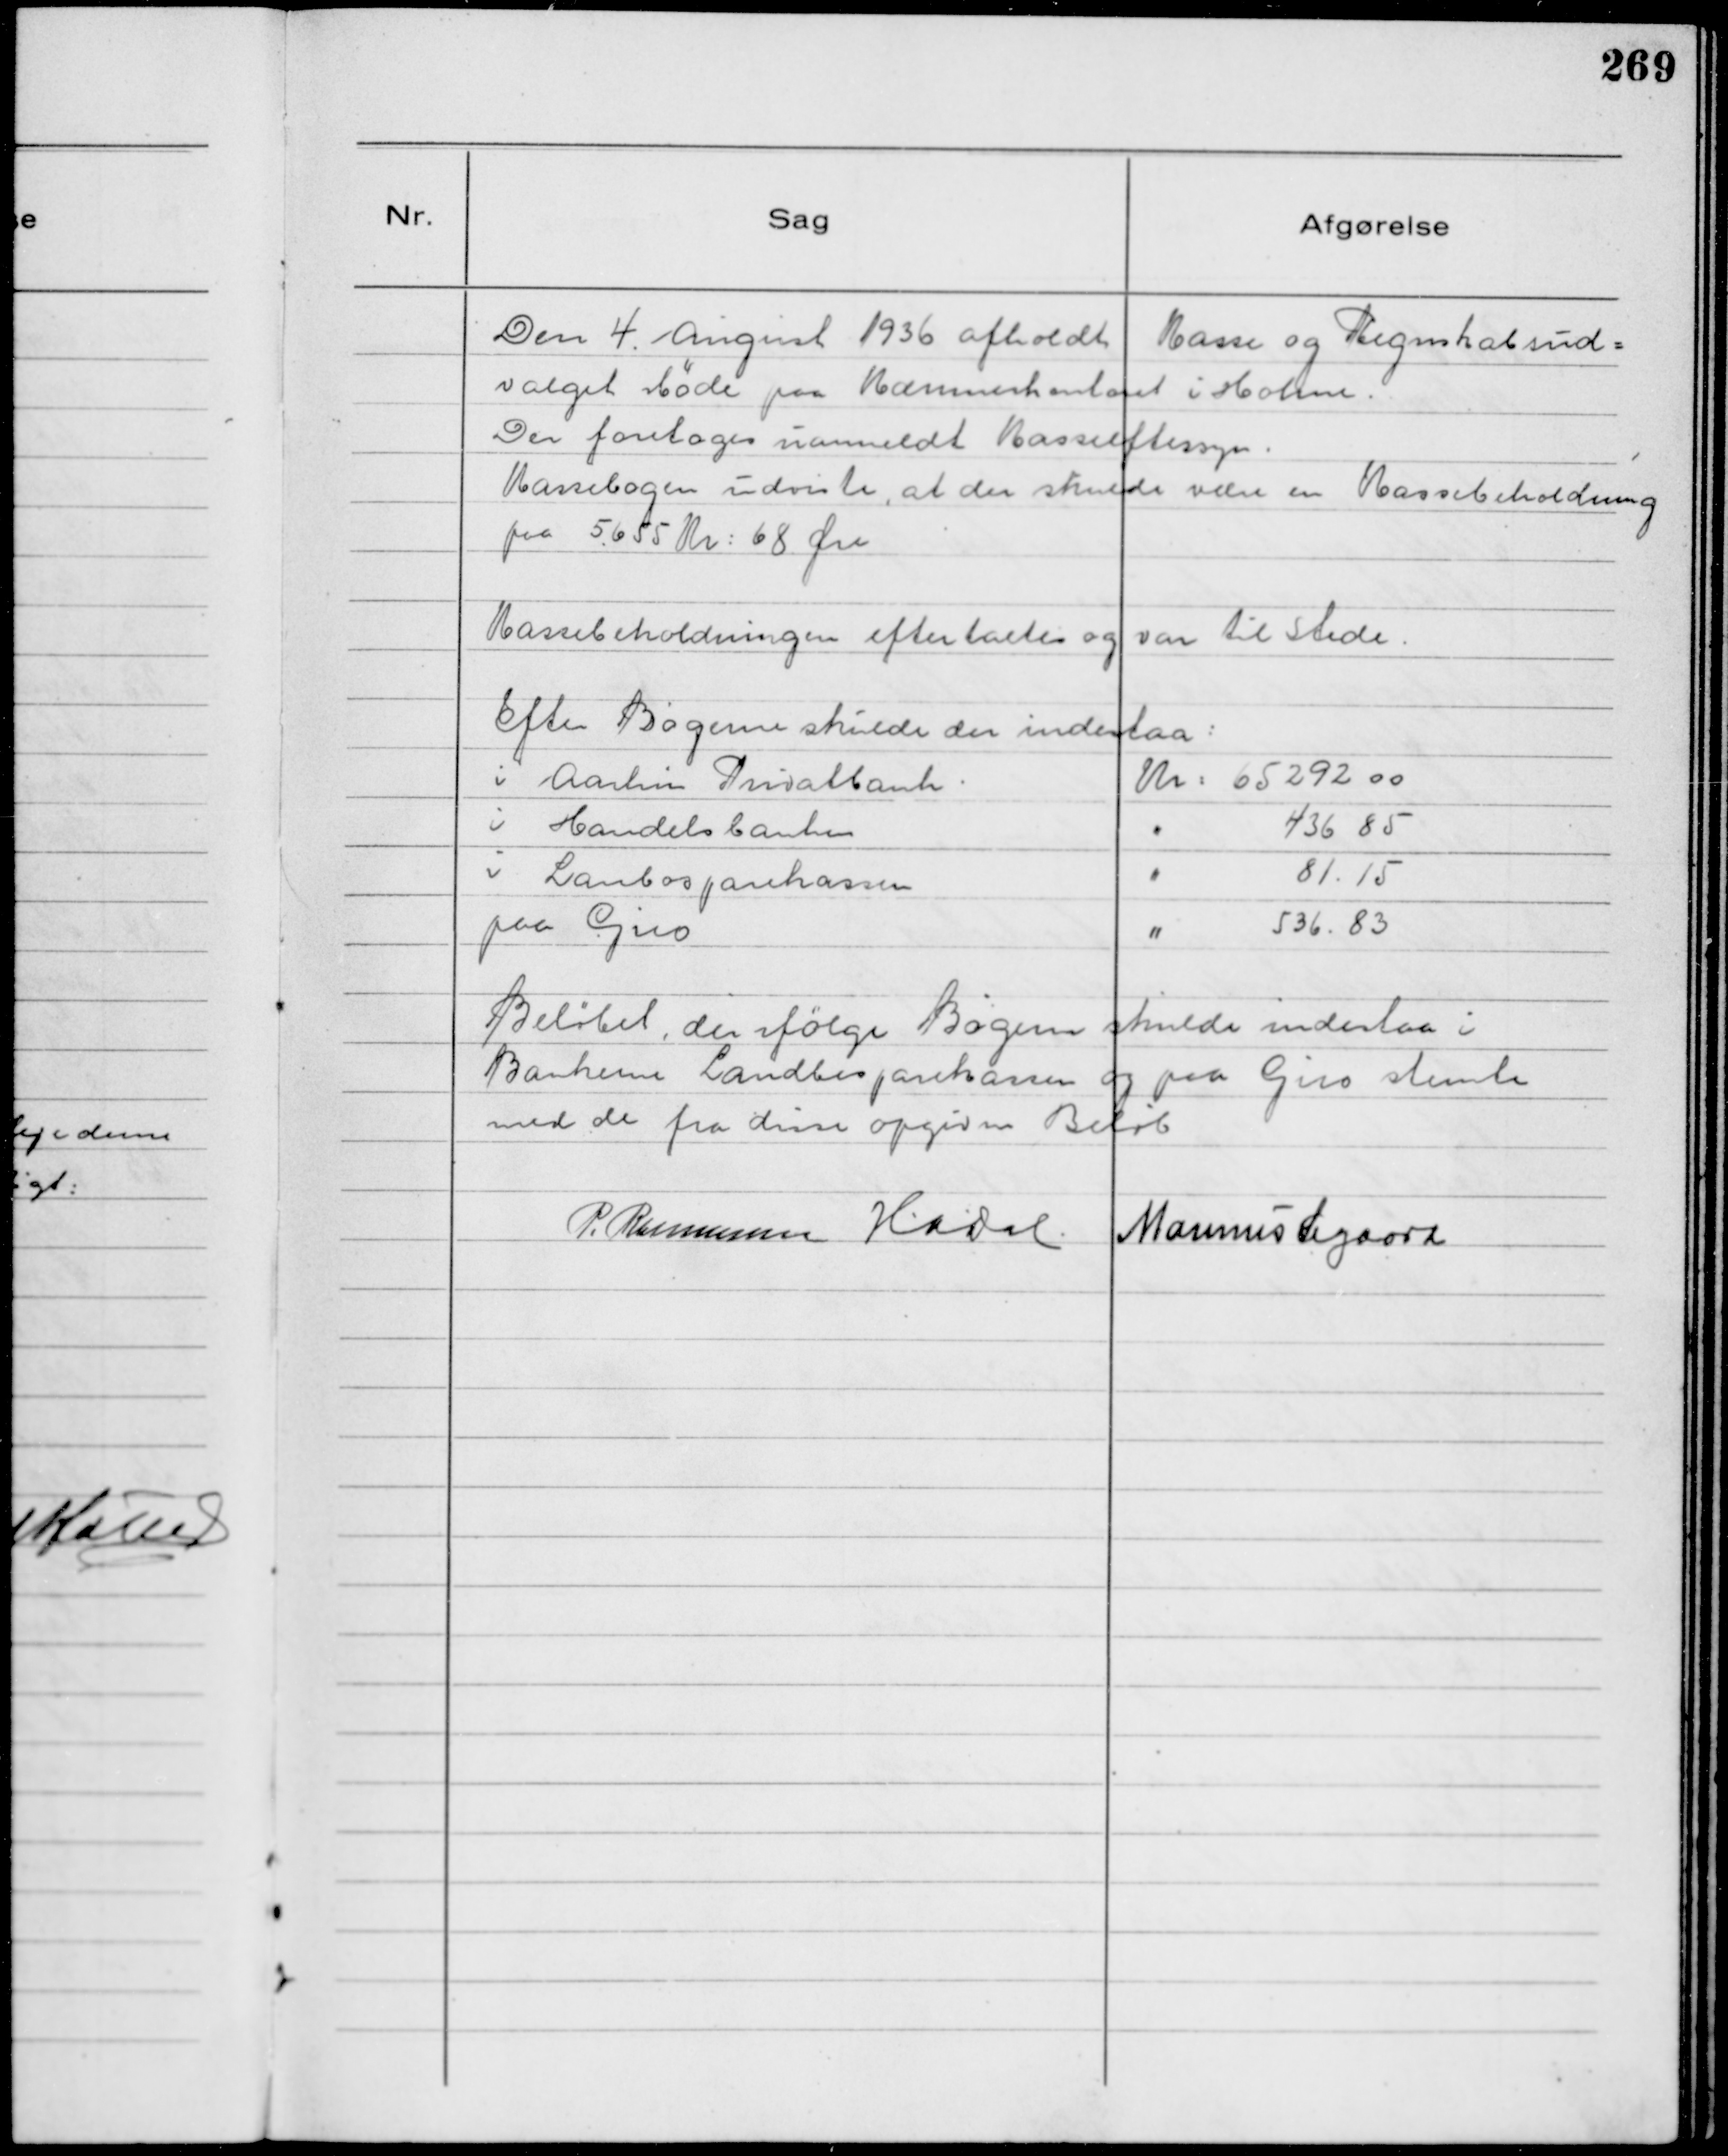
Transskription:
Den 4. August 1936 afholdt Kasse og Regnskabsud-
valget Møde paa Kæmnerkontoret i Holme.
Der foretoges uanmeldt Kasseeftersyn.
Kassebogen udviste, at der skulde være en Kassebeholdning
paa 5655 Kr 68 Øre
Kassebeholdningen eftertaltes og var til Stede
Efter Bogen skulde der indestaa:
i Aarhus Privatbank Kr 65292.00
i Handelsbanken " 436. 85
i Landbosparekassen " 81.15
paa Giro " 536.83
Beløbet, der ifølge Bogen skulde indestaa i
Bankerne Landbosparekassen og paa Giro stemte
med de fra disse opgivne Beløb
P. Rasmussen HADal Marinus Sigaard